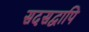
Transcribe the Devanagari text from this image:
सदसद्वापि